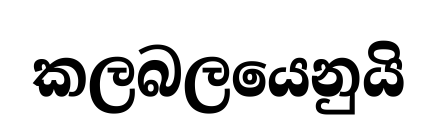
කලබලයෙනුයි